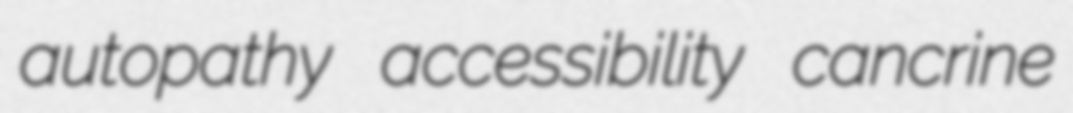
autopathy accessibility cancrine